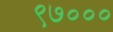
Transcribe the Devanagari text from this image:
९७०००